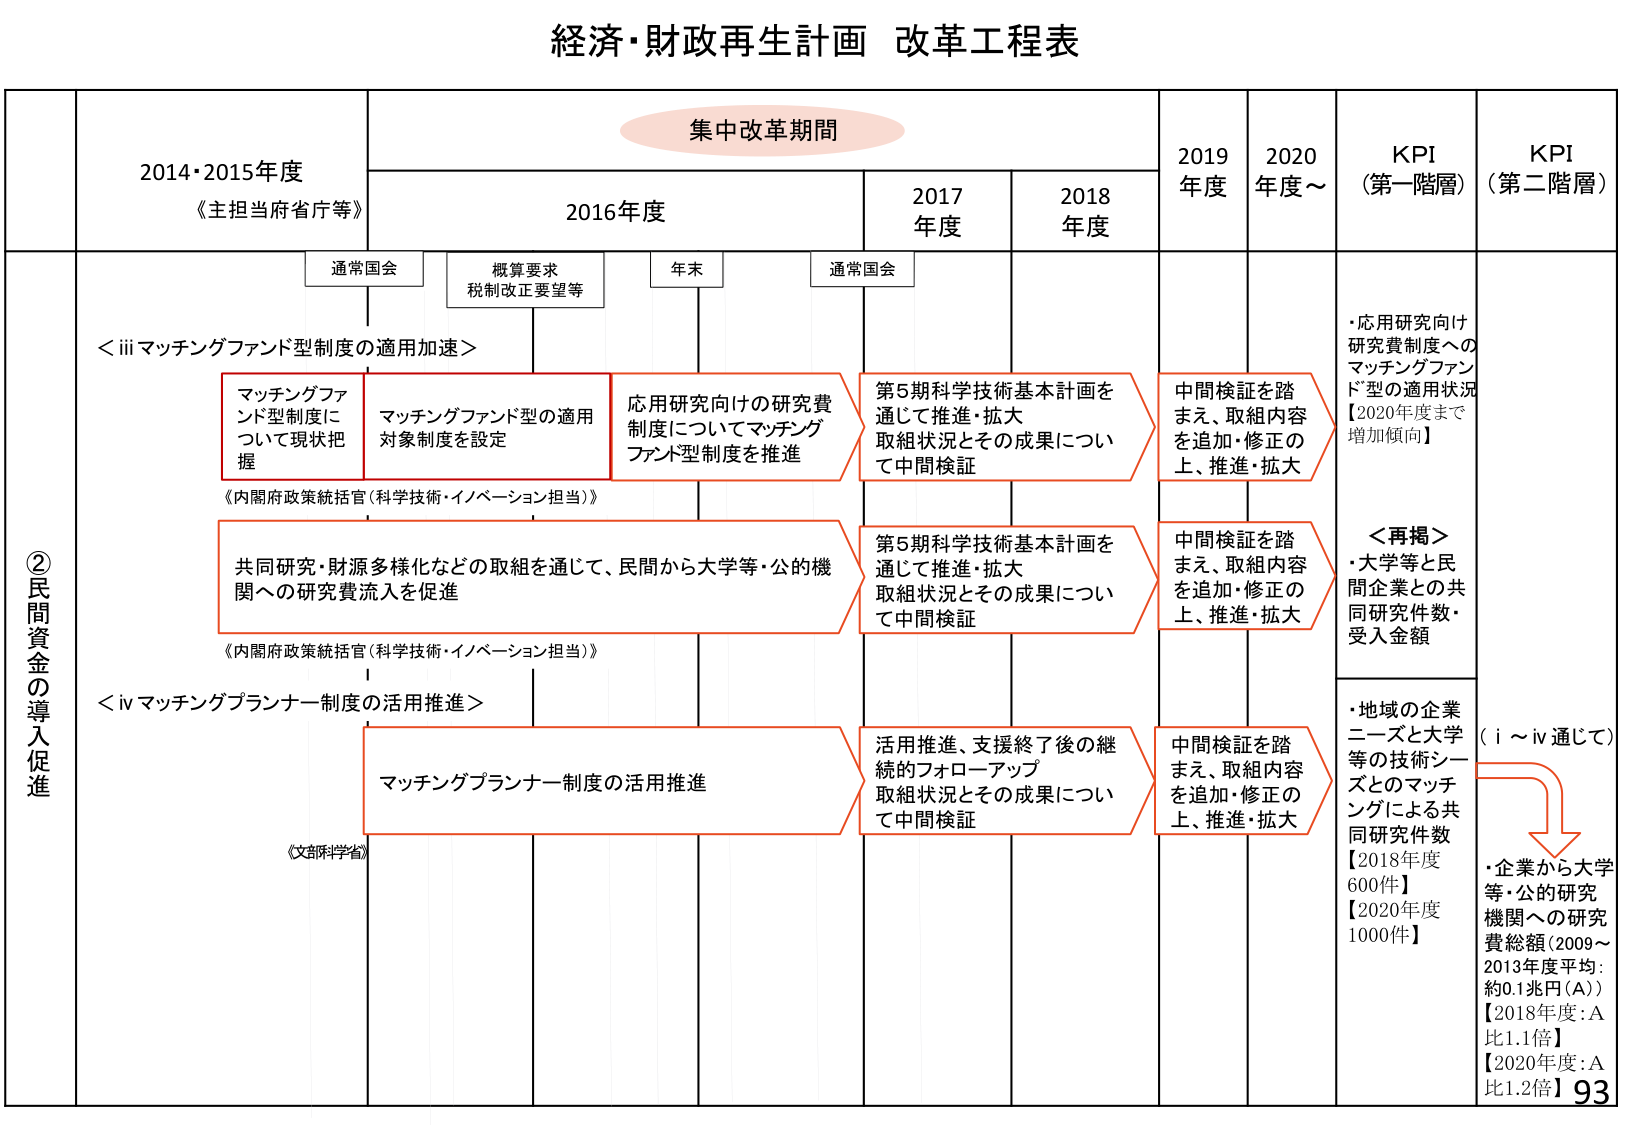
経済・財政再生計画 改革工程表

集中改革期間

2014・2015年度
《主担当府省庁等》

2016年度

2017年度

2018年度

2019年度

2020年度～

KPI（第一階層）

KPI（第二階層）

通常国会

概算要求
税制改正要望等

年末

通常国会

②民間資金の導入促進

＜ⅲマッチングファンド型制度の適用加速＞

マッチングファンド型制度について現状把握

マッチングファンド型の適用対象制度を設定

応用研究向けの研究費制度についてマッチングファンド型制度を推進

第5期科学技術基本計画を通じて推進・拡大
取組状況とその成果について中間検証

中間検証を踏まえ、取組内容を追加・修正の上、推進・拡大

・応用研究向け研究費制度へのマッチングファンド型の適用状況【2020年度まで増加傾向】

＜再掲＞
・大学等と民間企業との共同研究件数・受入金額

共同研究・財源多様化などの取組を通じて、民間から大学等・公的機関への研究費流入を促進

第5期科学技術基本計画を通じて推進・拡大
取組状況とその成果について中間検証

中間検証を踏まえ、取組内容を追加・修正の上、推進・拡大

＜ⅳマッチングプランナー制度の活用推進＞

マッチングプランナー制度の活用推進

活用推進、支援終了後の継続的フォローアップ
取組状況とその成果について中間検証

中間検証を踏まえ、取組内容を追加・修正の上、推進・拡大

・地域の企業ニーズと大学等の技術シーズとのマッチングによる共同研究件数
【2018年度 600件】
【2020年度 1000件】

（ⅰ～ⅳ通じて）

・企業から大学等・公的研究機関への研究費総額（2009～2013年度平均：約0.1兆円（A））
【2018年度：A比1.1倍】
【2020年度：A比1.2倍】

《内閣府政策統括官（科学技術・イノベーション担当）》

《内閣府政策統括官（科学技術・イノベーション担当）》

《文部科学省》

93